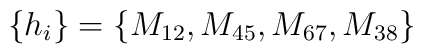
\left\{ h_i\right\} =\left\{ M_{12},M_{45},M_{67},M_{38}\right\}